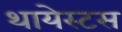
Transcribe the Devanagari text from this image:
थायेस्टस